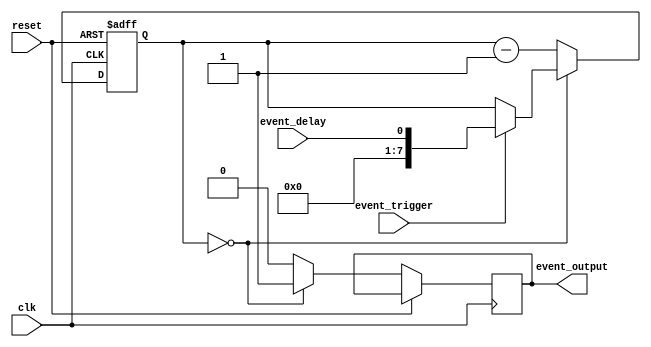
module EventTimer (
    input wire clk,
    input wire reset,
    input wire event_trigger,
    input wire event_delay,
    output reg event_output
);

reg [7:0] event_counter;
reg [7:0] delay_counter;
reg event_triggered;

always @ (posedge clk or posedge reset) begin
    if (reset) begin
        event_counter <= 8'b0;
        delay_counter <= 8'b0;
        event_triggered <= 1'b0;
    end else begin
        if (event_trigger) begin
            event_counter <= 8'b0;
            delay_counter <= event_delay;
        end else begin
            event_counter <= event_counter + 1;
        end
        
        if (delay_counter == 8'b0) begin
            event_output <= 1'b1;
            event_triggered <= 1'b1;
        end else begin
            event_output <= 1'b0;
            event_triggered <= 1'b0;
            delay_counter <= delay_counter - 1;
        end
    end
end

endmodule